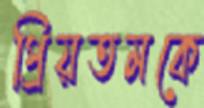
প্রিয়তমকে